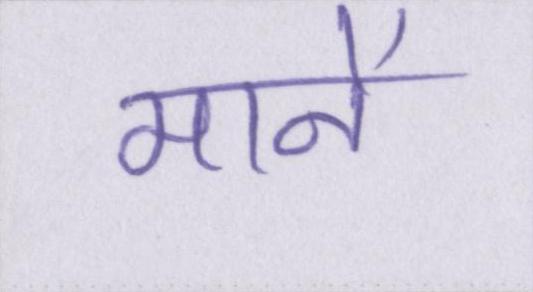
मानें